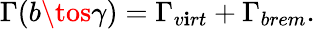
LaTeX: \Gamma(b\tos\gamma)=\Gamma_{v\mathbf{i}rt}+\Gamma_{brem}.